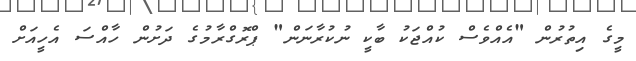
މީގެ އިތުރުން "އެއްވެސް ކުއްޖަކު ބާކީ ނުކުރާނަން" ޕްރޮގްރާމުގެ ދަށުން ހާއްސަ އެހީއަށް